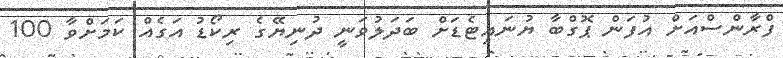
ފްރާންސްއަށް އުފަން ޕޮގްބާ ޔުނައިޓެޑަށް ބަދަލުވަނީ ދުނިޔޭގެ ރިކޯޑު އަގެއް ކަމަށްވާ 100